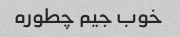
خوب جیم چطوره